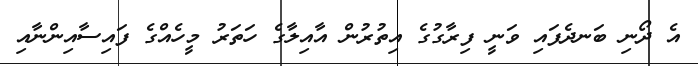
އެ ދޯނި ބަނދެފައި ވަނީ ފިރާގުގެ އިތުރުން އާއިލާގެ ހަތަރު މީހެއްގެ ފައިސާއިންނާއި